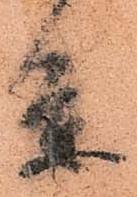
条